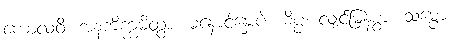
ကောလဝိ၊ အနကိက္ကမိတွာ၊ မနှောင့်နှေးပဲ။ ဓိပ္ပံ၊ လျင်မြန်စွာ။ သမ္ပော